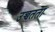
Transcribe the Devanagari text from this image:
उच्चतता